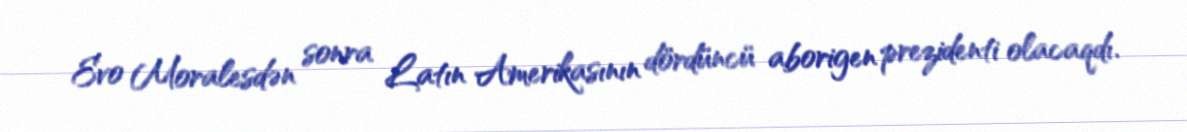
Evo Moralesdən sonra Latın Amerikasının dördüncü aborigen prezidenti olacaqdı.